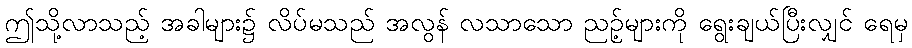
ဤသို့လာသည့် အခါများ၌ လိပ်မသည် အလွန် လသာသော ညဉ့်များကို ရွေးချယ်ပြီးလျှင် ရေမှ